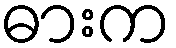
ဓားက